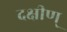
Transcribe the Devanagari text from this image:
दक्षीण्